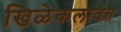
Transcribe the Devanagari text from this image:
खिळेकलावंत